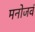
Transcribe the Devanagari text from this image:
मनोजवं